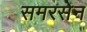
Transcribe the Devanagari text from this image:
समरसेन